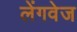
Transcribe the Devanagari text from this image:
लेंगवेज